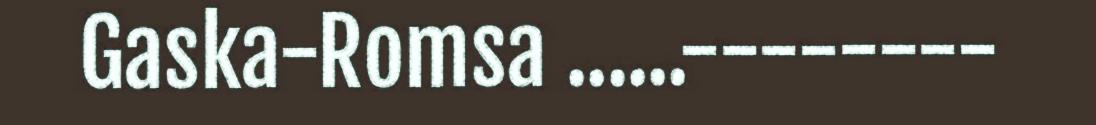
Gaska-Romsa ......--------